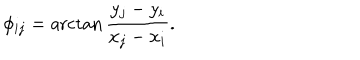
\phi _ { i j } = \operatorname { a r c t a n } \frac { y _ { j } - y _ { i } } { x _ { j } - x _ { i } } .